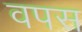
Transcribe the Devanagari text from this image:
वपस